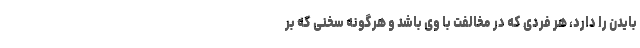
بایدن را دارد، هر فردی که در مخالفت با وی باشد و هرگونه سخنی که بر